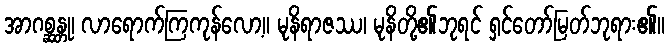
အာဂစ္ဆန္တု၊ လာရောက်ကြကုန်လော့။ မုနိရာဇဿ၊ မုနိတို့၏ဘုရင် ရှင်တော်မြတ်ဘုရား၏။